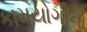
કામયોગીના